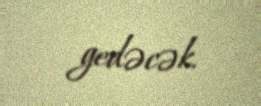
gedəcək.